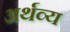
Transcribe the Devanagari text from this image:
अर्थव्य